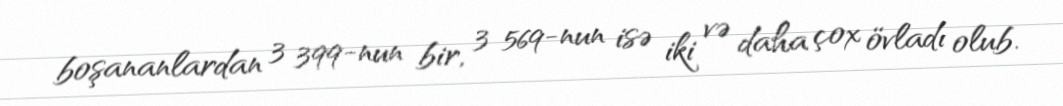
boşananlardan 3 399-nun bir, 3 569-nun isə iki və daha çox övladı olub.